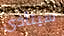
سيتأذى